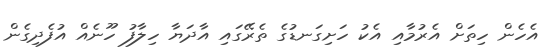
އެހެން ހިތަށް އެރުމާއި އެކު ހަށިގަނޑުގެ ތެރޭގައި އާދަޔާ ހިލާފު ހޫނެއް އުފެދިގެން